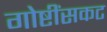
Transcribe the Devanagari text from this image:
गोष्टींसकट